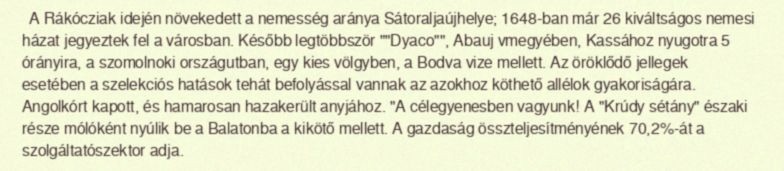
A Rákócziak idején növekedett a nemesség aránya Sátoraljaújhelye; 1648-ban már 26 kiváltságos nemesi házat jegyeztek fel a városban. Később legtöbbször ""Dyaco"", Abauj vmegyében, Kassához nyugotra 5 órányira, a szomolnoki országutban, egy kies völgyben, a Bodva vize mellett. Az öröklődő jellegek esetében a szelekciós hatások tehát befolyással vannak az azokhoz köthető allélok gyakoriságára. Angolkórt kapott, és hamarosan hazakerült anyjához. "A célegyenesben vagyunk! A "Krúdy sétány" északi része mólóként nyúlik be a Balatonba a kikötő mellett. A gazdaság összteljesítményének 70,2%-át a szolgáltatószektor adja.